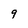
Character: 9